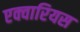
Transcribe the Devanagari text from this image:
एक्वारियस